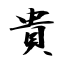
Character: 貴